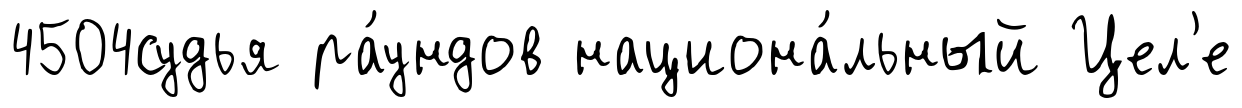
4504судья ра́ундов национа́льный Цел'е